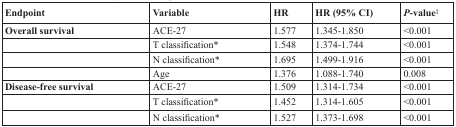
| Endpoint | Variable | HR | HR (95% CI) | P-value‡ |
 | --- | --- | --- | --- | --- |
 | Overall survival | ACE-27 | 1.577 | 1.345-1.850 | <0.001 |
 |  | T classification* | 1.548 | 1.374-1.744 | <0.001 |
 |  | N classification* | 1.695 | 1.499-1.916 | <0.001 |
 |  | Age | 1.376 | 1.088-1.740 | 0.008 |
 | Disease-free survival | ACE-27 | 1.509 | 1.314-1.734 | <0.001 |
 |  | T classification* | 1.452 | 1.314-1.605 | <0.001 |
 |  | N classification* | 1.527 | 1.373-1.698 | <0.001 |